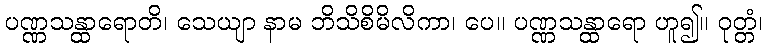
ပဏ္ဏသန္ထာရောတိ၊ သေယျာ နာမ ဘိသိစိမိလိကာ၊ ပေ။ ပဏ္ဏသန္ထာရော ဟူ၍။ ဝုတ္တံ၊